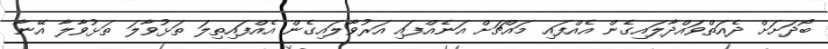
ބޯދަށަށް ދެއަތްވައްދާލައިގެން އެއްފައި މައްޗަށް އަނެއްފައި އަރުވާލައިގެން އެއްފައިތިލަ ތަޅުވާލަ ތަޅުވާލާ އޭނާ